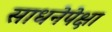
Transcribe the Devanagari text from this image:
साधनेपेक्षा